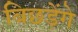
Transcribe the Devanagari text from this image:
बिछड़ेंगे